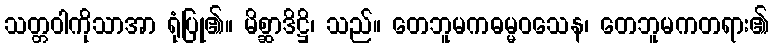
သတ္တဝါကိုသာအာ ရုံပြု၏။ မိစ္ဆာဒိဋ္ဌိ၊ သည်။ တေဘူမကဓမ္မဝသေန၊ တေဘူမကတရား၏